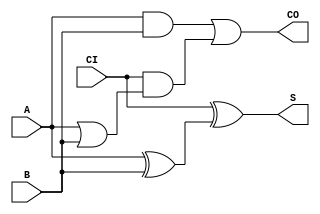
`timescale 1ns/1ns
module FA_X1 (A, B, CI, CO, S);
  input A;
  input B;
  input CI;
  output CO;
  output S;

  or(CO, i_16, i_17);
  and(i_16, A, B);
  and(i_17, CI, i_18);
  or(i_18, A, B);
  xor(S, CI, i_22);
  xor(i_22, A, B);


endmodule